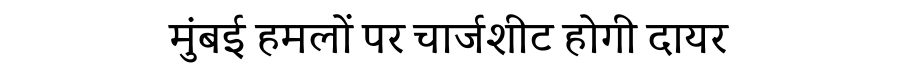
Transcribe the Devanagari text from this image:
मुंबई हमलों पर चार्जशीट होगी दायर